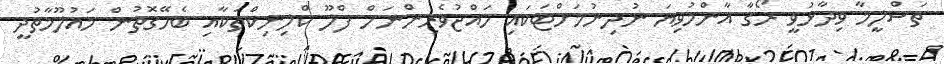
ތަސްލީމާ ވިދާޅުވީ ރޯގާ އާންމުވިޔަ ނުދިނުމަށްޓަކައި ހައްޖުވެރިންނަށް ފްލޫ ކްލިނިކްތަކާއި ބެހޭގޮތުން މައުލޫމާތުދީ